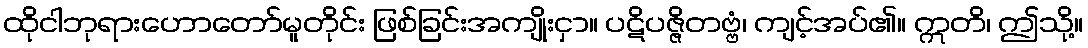
ထိုငါဘုရားဟောတော်မူတိုင်း ဖြစ်ခြင်းအကျိုးငှာ။ ပဋိပဇ္ဇိတဗ္ဗံ၊ ကျင့်အပ်၏။ ဣတိ၊ ဤသို့။